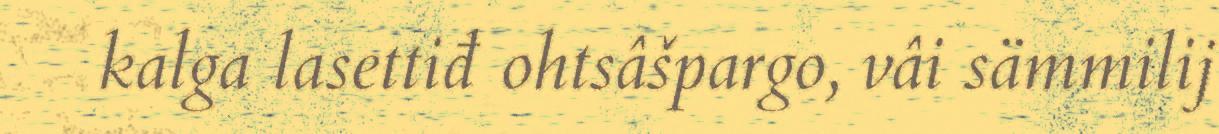
kalga lasettiđ ohtsâšpargo, vâi sämmilij